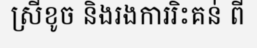
ស្រីខូច និងរងការរិះគន់ ពី